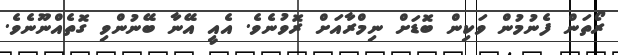
ރޯތަން ފެނުމުން ވަކިން ބޮޑަށް ނިމްރާއަށް ރޮވުނެވެ. އެއީ އޭނާ ބޭނުންވި ގޮތެއްނޫނެވެ.